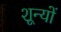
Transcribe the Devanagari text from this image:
शून्यों